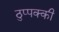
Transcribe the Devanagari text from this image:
ठुप्पक्की